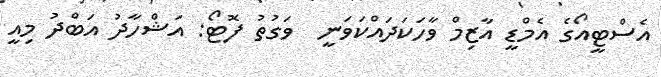
އެސްޓީއޯގެ އެމްޑީ އާޒިމް ވާހަކަދައްކަވަނީ  ވަގުތު ފޮޓޯ: އަޝްހާދު އަބްދު މިއީ